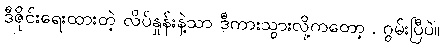
ဒီဇိုင်းရေးထားတဲ့ လိပ်နှုန်းနဲ့သာ ဒီကားသွားလို့ကတော့ . ဂွမ်းပြီပဲ။